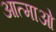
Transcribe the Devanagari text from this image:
आत्माओ